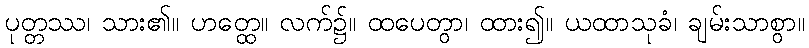
ပုတ္တဿ၊ သား၏။ ဟတ္ထေ။ လက်၌။ ထပေတွာ၊ ထား၍။ ယထာသုခံ၊ ချမ်းသာစွာ။